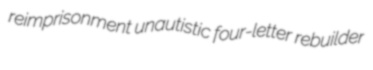
reimprisonment unautistic four-letter rebuilder